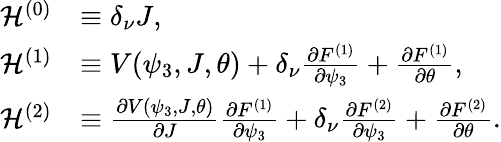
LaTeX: \begin{array}{rl}{\mathcal{H}^{\left(0\right)}}&{\equiv\delta_{\nu}J,}\\ {\mathcal{H}^{(1)}}&{\equiv V(\psi_{3},J,\theta)+\delta_{\nu}\frac{\partial F^{\left(1\right)}}{\partial\psi_{3}}+\frac{\partial F^{\left(1\right)}}{\partial\theta},}\\ {\mathcal{H}^{\left(2\right)}}&{\equiv\frac{\partial V(\psi_{3},J,\theta)}{\partial J}\frac{\partial F^{\left(1\right)}}{\partial\psi_{3}}+\delta_{\nu}\frac{\partial F^{\left(2\right)}}{\partial\psi_{3}}+\frac{\partial F^{\left(2\right)}}{\partial\theta}.}\end{array}